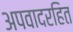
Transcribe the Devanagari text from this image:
अपवादरहित